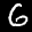
Label: 6